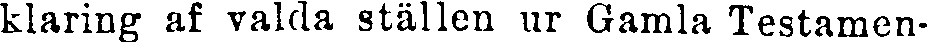
klaring af valda ställen ur Gamla Testamen-